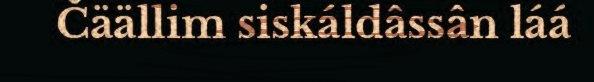
Čäällim siskáldâssân láá